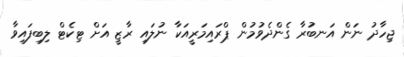
ޖިހާދު ނަން އަނބުރާ ގެންދެވުމުން ޕްރައިމަރީއަކާ ނުލައި ރާޒީ އަށް ޓިކެޓް ލިިބިފައިވާ